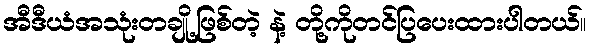
အီဒီယံအသုံးတချို့ဖြစ်တဲ့ နဲ့ တို့ကိုတင်ပြပေးထားပါတယ်။